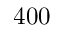
4 0 0